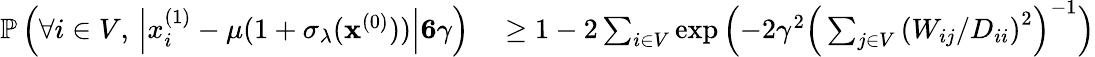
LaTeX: \begin{array}{rl}{\mathbb{P}\left(\forall i\in V,\, \left|x_{i}^{(1)}-\mu(1+\sigma_{\lambda}(\mathbf{x}^{(0)}))\right|\le 6\gamma\right)}&{{}\ge 1-2\sum_{i\in V}\exp\left(-2\gamma^{2}\Big(\sum_{j\in V}\left({W_{ij}}/{D_{ii}}\right)^{2}\Big)^{-1}\right)}\end{array}